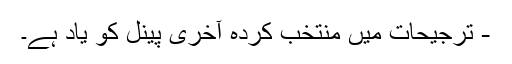
- ترجیحات میں منتخب کردہ آخری پینل کو یاد ہے۔